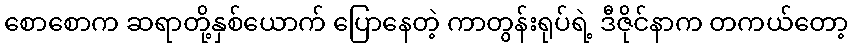
စောစောက ဆရာတို့နှစ်ယောက် ပြောနေတဲ့ ကာတွန်းရုပ်ရဲ့ ဒီဇိုင်နာက တကယ်တော့